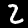
Digit: 2